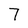
Character: 7